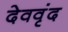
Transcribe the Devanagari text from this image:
देववृंद